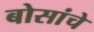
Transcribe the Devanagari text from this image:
बोसांचे